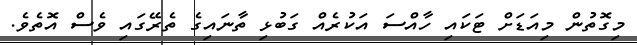
މިގޮތުން މިއަޑަށް ޓަކައި ހާއްސަ އަކުރެއް ގަބުޅި ތާނައިގެ ތެރޭގައި ވެސް އޮތެވެ.